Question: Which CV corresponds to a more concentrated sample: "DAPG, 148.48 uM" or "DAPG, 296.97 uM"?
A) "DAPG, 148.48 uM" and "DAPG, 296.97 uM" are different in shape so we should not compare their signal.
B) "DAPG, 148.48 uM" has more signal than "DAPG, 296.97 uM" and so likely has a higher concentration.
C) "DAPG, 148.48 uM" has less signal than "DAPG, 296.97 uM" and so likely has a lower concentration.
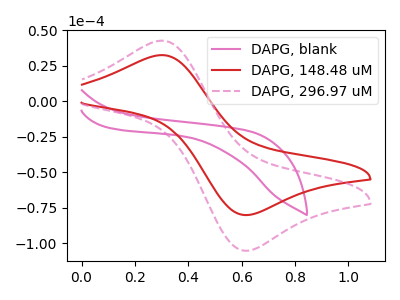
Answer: <think>The pink curve "DAPG, blank" has no peaks. The red curve "DAPG, 148.48 uM" has an anodic peak at (0.30V, 32.45uA) and a cathodic peak at (0.60V, -80.20uA). The pink dashed curve "DAPG, 296.97 uM" has an anodic peak at (0.30V, 42.60uA) and a cathodic peak at (0.60V, -105.30uA).
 All the peaks in "DAPG, 148.48 uM" have a peak in "DAPG, 296.97 uM" at the same potential. Every peak in "DAPG, 148.48 uM" is lower than every peak in "DAPG, 296.97 uM".</think>
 <answer>C) "DAPG, 148.48 uM" has less signal than "DAPG, 296.97 uM" and so likely has a lower concentration.</answer>
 <eval>C</eval>